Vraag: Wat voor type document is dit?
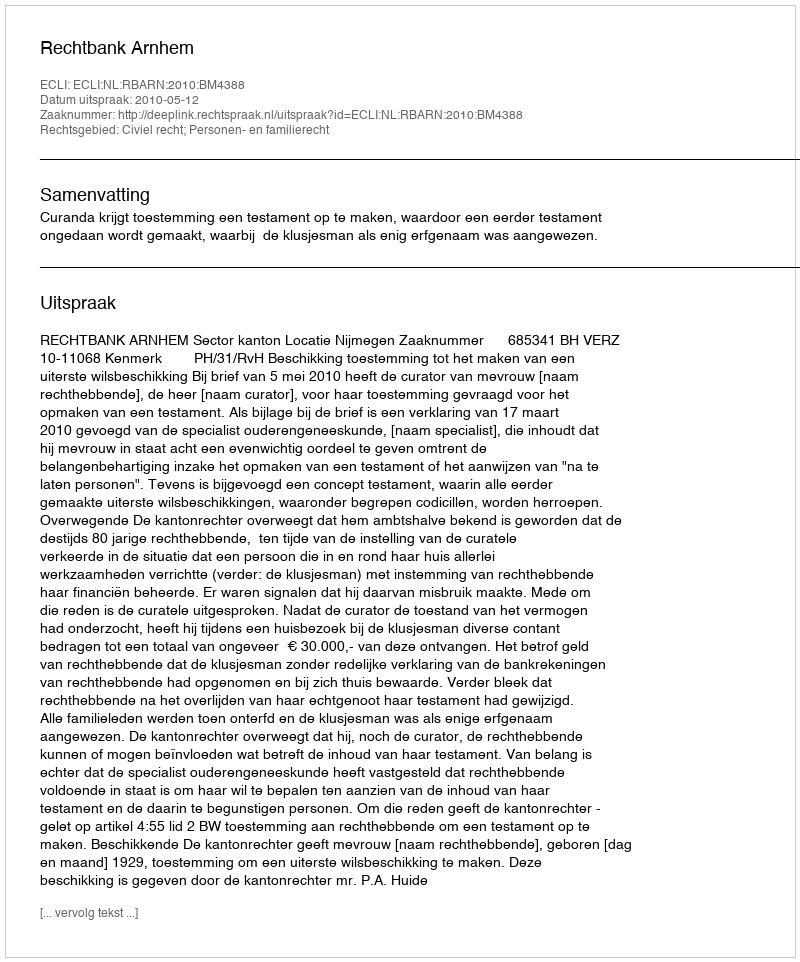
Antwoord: Uitspraak